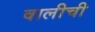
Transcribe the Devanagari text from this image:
वालीची